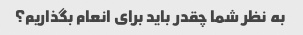
به نظر شما چقدر باید برای انعام بگذاریم؟